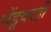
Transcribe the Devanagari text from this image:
चेंडूवरही